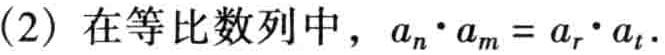
(2) 在等比数列中，\(a_{n}\cdot a_{m}=a_{r}\cdot a_{t}\)